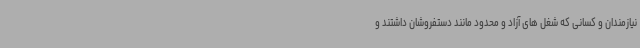
نیازمندان و کسانی که شغل های آزاد و محدود مانند دستفروشان داشتند و